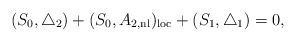
\begin{align*}(S_0, \triangle_2)+(S_0, {\sl A}_{2, {\rm nl}})_{\rm loc}+(S_1, \triangle_1)=0,\end{align*}